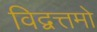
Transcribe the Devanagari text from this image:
विद्वत्तमो